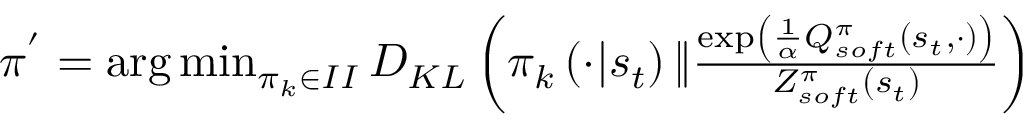
\begin{array} { r } { \pi ^ { ' } = \arg \operatorname* { m i n } _ { \pi _ { k } \in I I } D _ { K L } \left( \pi _ { k } \left( \cdot | s _ { t } \right) \| \frac { \exp \left( \frac { 1 } { \alpha } Q _ { s o f t } ^ { \pi } \left( s _ { t } , \cdot \right) \right) } { Z _ { s o f t } ^ { \pi } \left( s _ { t } \right) } \right) } \end{array}